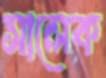
সালেক